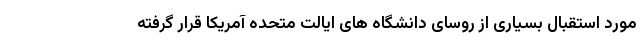
مورد استقبال بسیاری از روسای دانشگاه های ایالت متحده آمریکا قرار گرفته